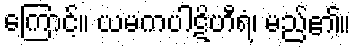
ကြောင့်။ ယမကပါဋိဟီရံ၊ မည်၏။